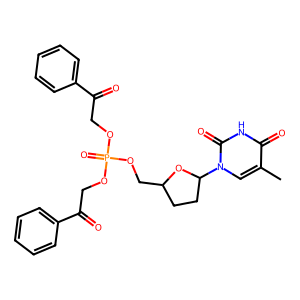
SMILES: Cc1cn(C2CCC(COP(=O)(OCC(=O)c3ccccc3)OCC(=O)c3ccccc3)O2)c(=O)[nH]c1=O
Inhibits HIV replication: Yes